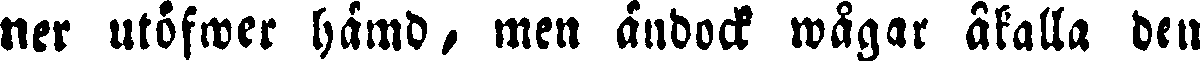
ner utöfwer hämd, men ändock wågar åkalla den